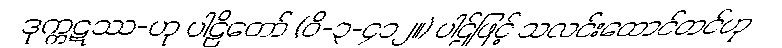
ဒုက္ကဋဿ-ဟု ပါဠိတော် (ဝိ-၃-၄၁၂။) ပါဌ်ဖြင့် သလင်းထောင်တင်ဟု